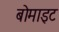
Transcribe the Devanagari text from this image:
बोमाइट